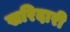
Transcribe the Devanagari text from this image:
खरिदारी